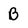
Character: B